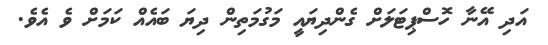
އަދި އޭނާ ހޮސްޕިޓަލަށް ގެންދިޔައީ މަގުމަތިން ދިޔަ ބައެއް ކަމަށް ވެ އެވެ.